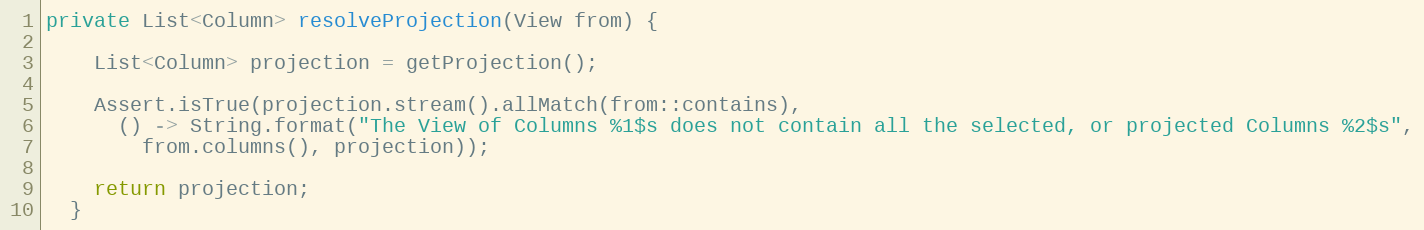
Language: Java
private List<Column> resolveProjection(View from) {

    List<Column> projection = getProjection();

    Assert.isTrue(projection.stream().allMatch(from::contains),
      () -> String.format("The View of Columns %1$s does not contain all the selected, or projected Columns %2$s",
        from.columns(), projection));

    return projection;
  }